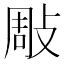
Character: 𢽧